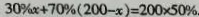
3 0 \% x + 7 0 \% ( 2 0 0 - x ) = 2 0 0 \times 5 0 \% .